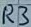
Text: R3